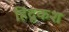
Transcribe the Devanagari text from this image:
हिंदूकश